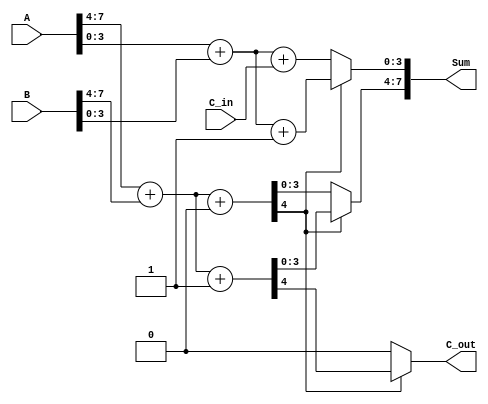
module carry_select_adder (
    input  wire [7:0] A,          // First operand
    input  wire [7:0] B,          // Second operand
    input  wire       C_in,       // Carry input
    output wire [7:0] Sum,        // Sum output
    output wire       C_out        // Carry output
);

    // Intermediate wires for sums and carries
    wire [4:0] S0, S1;            // Sums for higher-order bits (with carry-in 0 and 1)
    wire [4:0] S2, S3;            // Sums for lower-order bits (with adjusted carry-in)
    wire C_high;

// High-order Bit Block (A[7:4], B[7:4])
assign S0 = A[7:4] + B[7:4] + 1'b0;  // Sum with C_in = 0
assign S1 = A[7:4] + B[7:4] + 1'b1;  // Sum with C_in = 1
assign C_high = S0[4];               // Carry out from higher-order block

// Low-order Bit Block (A[3:0], B[3:0])
assign S2 = A[3:0] + B[3:0] + C_in;  // Sum with C_in (whatever that is)
assign S3 = A[3:0] + B[3:0] + 1'b1;  // Sum with C_in = 1

// Select final sum based on C_high
assign Sum = {C_high ? S1[3:0] : S0[3:0], 
              C_high ? S3[3:0] : S2[3:0]};

// Final carry out
assign C_out = C_high ? S1[4] : S0[4];

endmodule